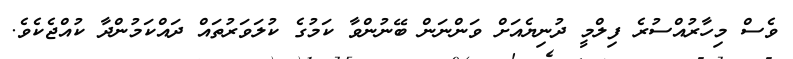
ވެސް މިހާރުއްސުރެ ފިލްމީ ދުނިޔެއަށް ވަންނަން ބޭނުންވާ ކަމުގެ ކުލަވަރުތައް ދައްކަމުންދާ ކުއްޖެކެވެ.